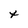
Character: t